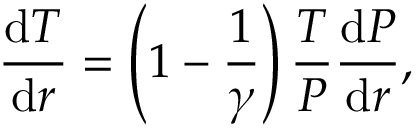
{ \frac { { \mathrm { d } } T } { { \mathrm { d } } r } } = \left( 1 - { \frac { 1 } { \gamma } } \right) { \frac { T } { P } } { \frac { { \mathrm { d } } P } { { \mathrm { d } } r } } ,